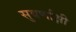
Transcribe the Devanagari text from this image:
सुवर्णाक्षी